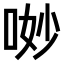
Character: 𠴕